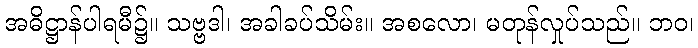
အဓိဋ္ဌာန်ပါရမီ၌။ သဗ္ဗဒါ၊ အခါခပ်သိမ်း။ အစလော၊ မတုန်လှုပ်သည်။ ဘဝ၊